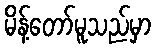
မိန့်တော်မူသည်မှာ